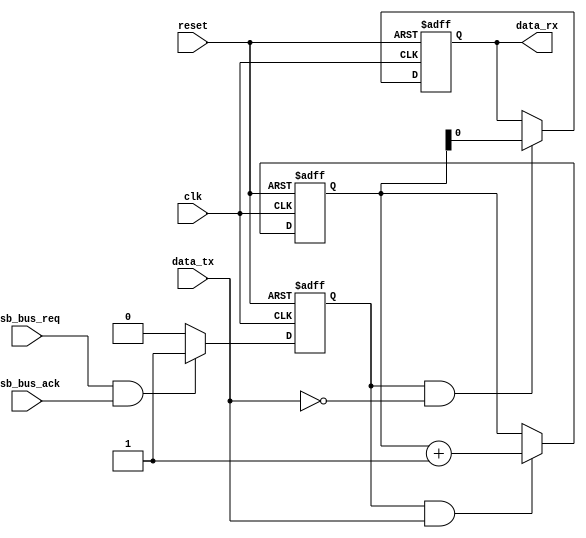
module usb_timing_control_and_sync(
  input wire clk,
  input wire reset,
  input wire usb_bus_req,
  input wire usb_bus_ack,
  input wire data_tx,
  output reg data_rx
);

reg [7:0] data_buffer;
reg data_valid;

always @(posedge clk or posedge reset) begin
  if (reset) begin
    data_valid <= 1'b0;
  end else begin
    if (usb_bus_req && usb_bus_ack) begin
      data_valid <= 1'b1;
    end else begin
      data_valid <= 1'b0;
    end
  end
end

always @(posedge clk or posedge reset) begin
  if (reset) begin
    data_buffer <= 8'b0;
  end else begin
    if (data_valid && data_tx) begin
      data_buffer <= data_buffer + 1;
    end
  end
end

always @(posedge clk or posedge reset) begin
  if (reset) begin
    data_rx <= 1'b0;
  end else begin
    if (data_valid && !data_tx) begin
      data_rx <= data_buffer;
    end
  end
end

endmodule